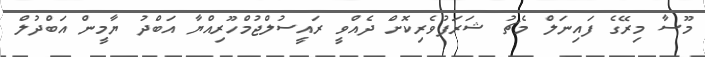
މޫސާ މިރޭގެ ފައިނަލް މެޗު ޝަރަފުވެރިކޮށް ދެއްވީ ރައީސުލްޖުމްހޫރިއްޔާ އަބްދު ޔާމީން އަބްދުލް